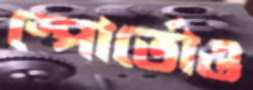
স্পোর্তোও